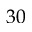
3 0